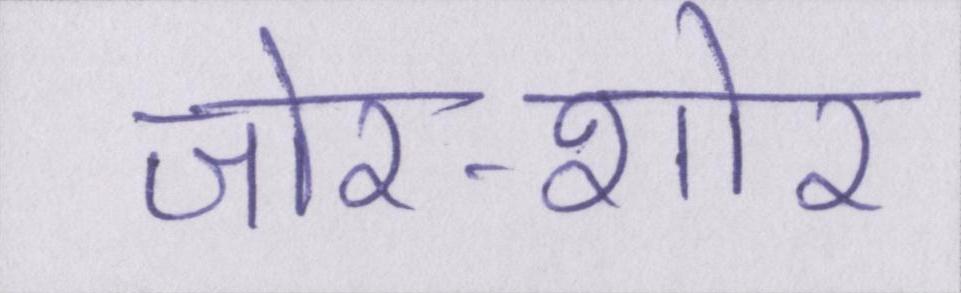
जोर-शोर